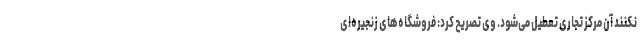
نکنند آن مرکز تجاری تعطیل می‌شود. وی تصریح کرد: فروشگاه‌های زنجیره‌ای